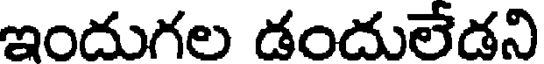
ఇందుగల డందులేడని